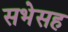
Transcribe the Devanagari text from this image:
सभेसह